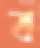
ব